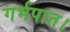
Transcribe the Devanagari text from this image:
गर्भपात।